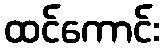
ထင်ကောင်း